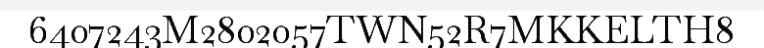
6407243M2802057TWN52R7MKKELTH8